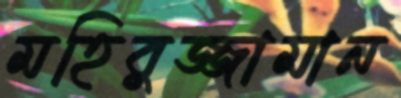
মহিবুজ্জামান